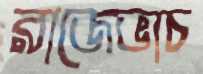
রাজেভাচ